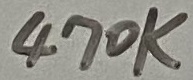
Text: 470K